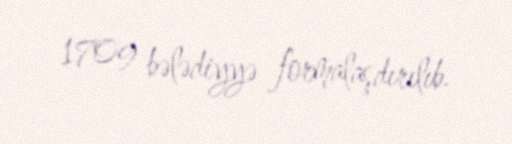
1709 bələdiyyə formalaşdırılıb.